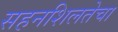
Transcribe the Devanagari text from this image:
सहनशिलतेचा